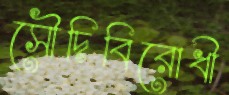
সৌদিবিরোধী